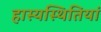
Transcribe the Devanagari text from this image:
हास्यस्थितियां